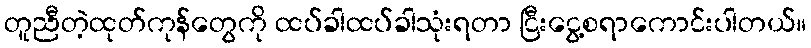
တူညီတဲ့ထုတ်ကုန်တွေကို ထပ်ခါထပ်ခါသုံးရတာ ငြီးငွေ့စရာကောင်းပါတယ်။